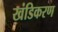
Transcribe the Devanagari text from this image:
खंडिकरण